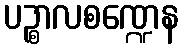
ပဉ္စာလစဏ္ဍေန